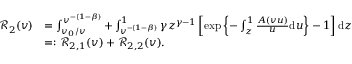
\begin{array} { r l } { \mathcal { R } _ { 2 } ( v ) } & { = \int _ { v _ { 0 } / v } ^ { v ^ { - ( 1 - \beta ) } } + \int _ { v ^ { - ( 1 - \beta ) } } ^ { 1 } \gamma z ^ { \gamma - 1 } \left[ \exp \left\lbrace - \int _ { z } ^ { 1 } \frac { A ( v u ) } { u } \mathrm { d } u \right\rbrace - 1 \right] \mathrm { d } z } \\ & { = : \mathcal { R } _ { 2 , 1 } ( v ) + \mathcal { R } _ { 2 , 2 } ( v ) . } \end{array}